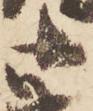
御